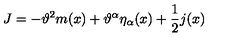
J = - \vartheta ^ { 2 } m ( x ) + \vartheta ^ { \alpha } \eta _ { \alpha } ( x ) + \frac { 1 } { 2 } j ( x )